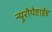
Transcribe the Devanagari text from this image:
न्यूरोपेप्टाईड